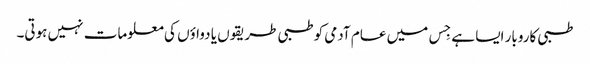
طبی کاروبار ایسا ہے جِس میں عام آدمی کو طبی طریقوں یا دواؤں کی معلومات نہیں ہوتی۔